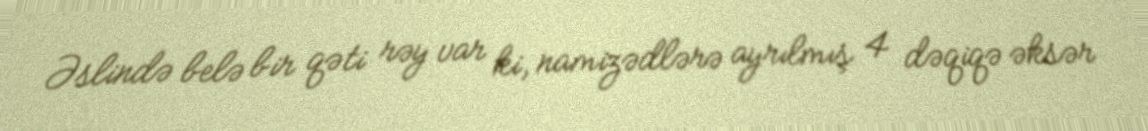
Əslində belə bir qəti rəy var ki, namizədlərə ayrılmış 4 dəqiqə əksər